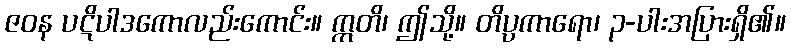
ဇဝန ပဋိပါဒကောလည်းကောင်း။ ဣတိ၊ ဤသို့။ တိပ္ပကာရော၊ ၃-ပါးအပြားရှိ၏။